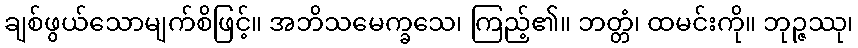
ချစ်ဖွယ်သောမျက်စိဖြင့်။ အဘိသမေက္ခသေ၊ ကြည့်၏။ ဘတ္တံ၊ ထမင်းကို။ ဘုဉ္ဇဿု၊